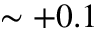
\sim + 0 . 1